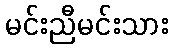
မင်းညီမင်းသား